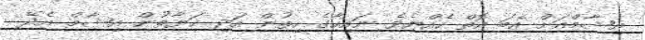
އިޝާމްއަށް އެބަ އޮތް ހެއްޔެވެ ނައިހާގެ ހިތުން އަދި ޙަޔާތުން އިޝާމް އެދޭ